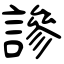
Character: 謲